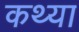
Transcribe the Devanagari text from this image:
कथ्या